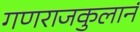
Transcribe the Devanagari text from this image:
गणराजकुलानं